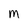
Character: m